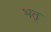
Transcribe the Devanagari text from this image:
भतृ